Source: Handwritten
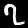
Digit: ၇ (7)